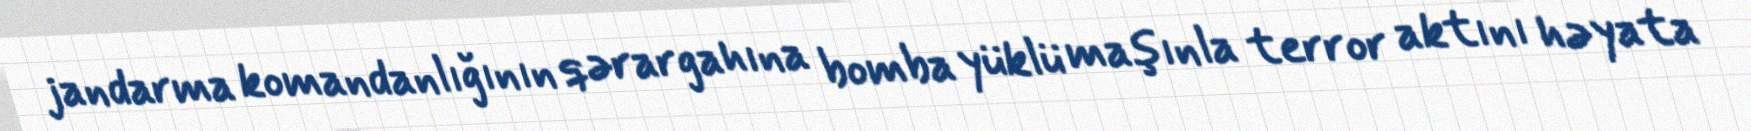
jandarma komandanlığının qərargahına bomba yüklü maşınla terror aktını həyata